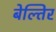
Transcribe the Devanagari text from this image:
बेल्तिर